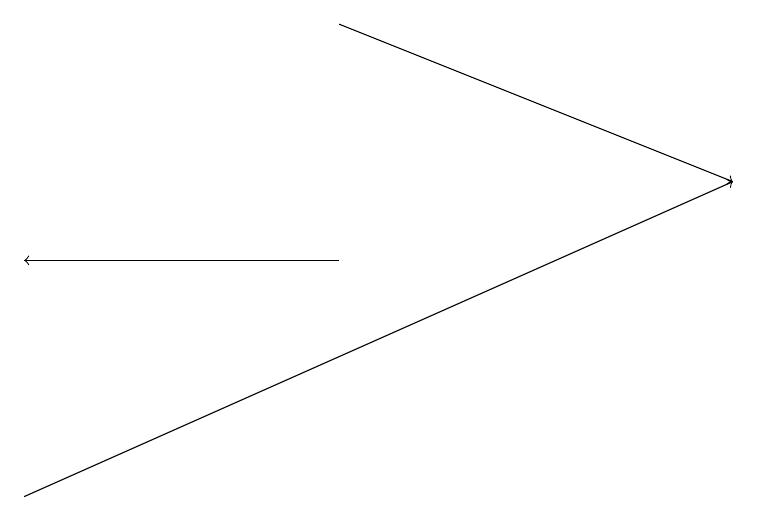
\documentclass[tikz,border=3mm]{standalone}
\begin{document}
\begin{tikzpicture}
\draw[->] (4,18) -- (9,16);
\draw[->] (0,12) -- (9,16);
\draw[->] (4,15) -- (0,15);
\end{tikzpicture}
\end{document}